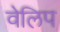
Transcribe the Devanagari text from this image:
वेलिप